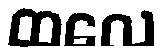
ထလေ